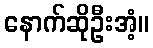
နောက်ဆိုဦးအံ့။